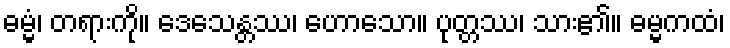
ဓမ္မံ၊ တရားကို။ ဒေသေန္တဿ၊ ဟောသော။ ပုတ္တဿ၊ သား၏။ ဓမ္မကထံ၊